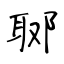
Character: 郰